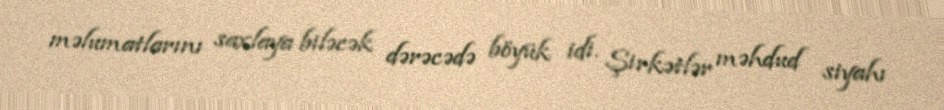
məlumatlarını saxlaya biləcək dərəcədə böyük idi. Şirkətlər məhdud siyahı